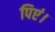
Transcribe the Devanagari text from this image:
पिएं।